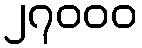
၂၇၀၀၀